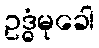
ဥဒ္ဓံမုခေါ